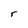
Character: r